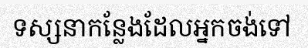
ទស្សនាកន្លែងដែលអ្នកចង់ទៅ